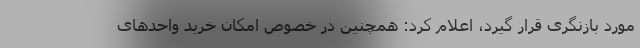
مورد بازنگری قرار گیرد، اعلام کرد: همچنین در خصوص امکان خرید واحدهای